Vaccination in Bombay 1863-1868 - 1863-1868
Year: 1863
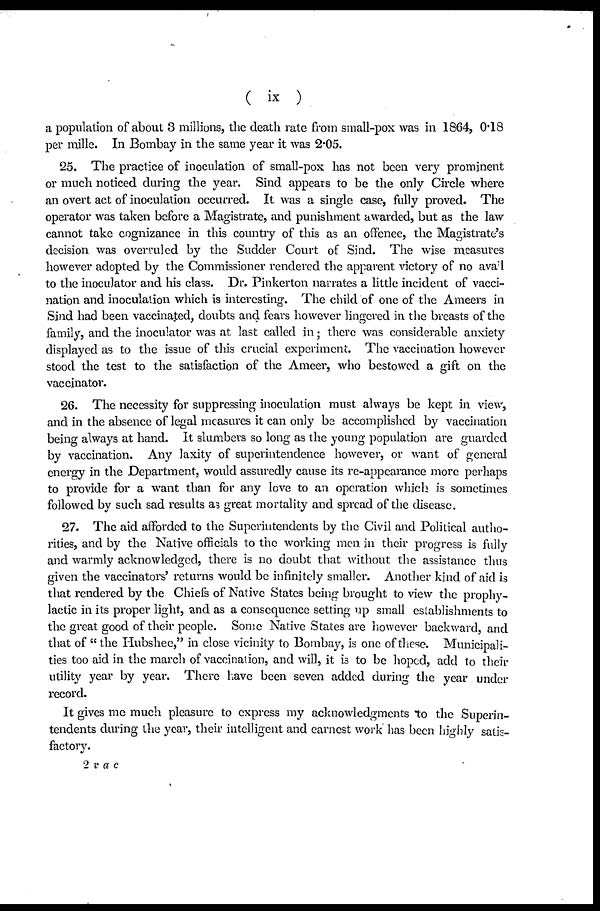
( ix )
a population of about 3 millions, the death rate from small-pox was in 1864, 0.18
per mille. In Bombay in the same year it was 2.05.
25. The practice of inoculation of small-pox has not been very prominent
or much noticed during the year. Sind appears to be the only Circle where
an overt act of inoculation occurred. It was a single case, fully proved. The
operator was taken before a Magistrate, and punishment awarded, but as the law
cannot take cognizance in this country of this as an offence, the Magistrate's
decision was overruled by the Sudder Court of Sind. The wise measures
however adopted by the Commissioner rendered the apparent victory of no avail
to the inoculator and his class. Dr. Pinkerton narrates a little incident of vacci-
nation and inoculation which is interesting. The child of one of the Ameers in
Sind had been vaccinated, doubts and fears however lingered in the breasts of the
family, and the inoculator was at last called in; there was considerable anxiety
displayed as to the issue of this crucial experiment. The vaccination however
stood the test to the satisfaction of the Ameer, who bestowed a gift on the
vaccinator.
26. The necessity for suppressing inoculation must always be kept in view,
and in the absence of legal measures it can only be accomplished by vaccination
being always at hand. It slumbers so long as the young population are guarded
by vaccination. Any laxity of superintendence however, or want of general
energy in the Department, would assuredly cause its re-appearance more perhaps
to provide for a want than for any love to an operation which is sometimes
followed by such sad results as great mortality and spread of the disease.
27. The aid afforded to the Superintendents by the Civil and Political autho-
rities, and by the Native officials to the working men in their progress is fully
and warmly acknowledged, there is no doubt that without the assistance thus
given the vaccinators' returns would be infinitely smaller. Another kind of aid is
that rendered by the Chiefs of Native States being brought to view the prophy-
lactic in its proper light, and as a consequence setting up small establishments to
the great good of their people. Some Native States are however backward, and
that of "the Hubshee," in close vicinity to Bombay, is one of these. Municipali-
ties too aid in the march of vaccination, and will, it is to be hoped, add to their
utility year by year. There have been seven added during the year under
record.
It gives me much pleasure to express my acknowledgments to the Superin-
tendents during the year, their intelligent and earnest work has been highly satis-
factory.
2 vac